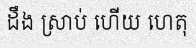
ដឹង ស្រាប់ ហើយ ហេតុ